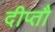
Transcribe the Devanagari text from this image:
दीप्तौ